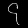
Digit: ၄